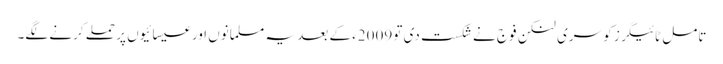
تامل ٹائیگرز کو سری لنکن فوج نے شکست دی تو 2009ء کے بعد یہ مسلمانوں اور عیسائیوں پر حملے کرنے لگے۔